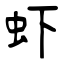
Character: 虾